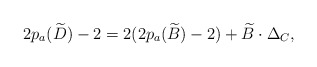
\begin{align*}2p_a(\widetilde{D})-2=2(2p_a(\widetilde{B})-2)+\widetilde{B}\cdot \Delta_C,\end{align*}